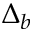
\Delta _ { b }